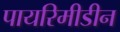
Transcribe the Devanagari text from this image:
पायरिमीडीन